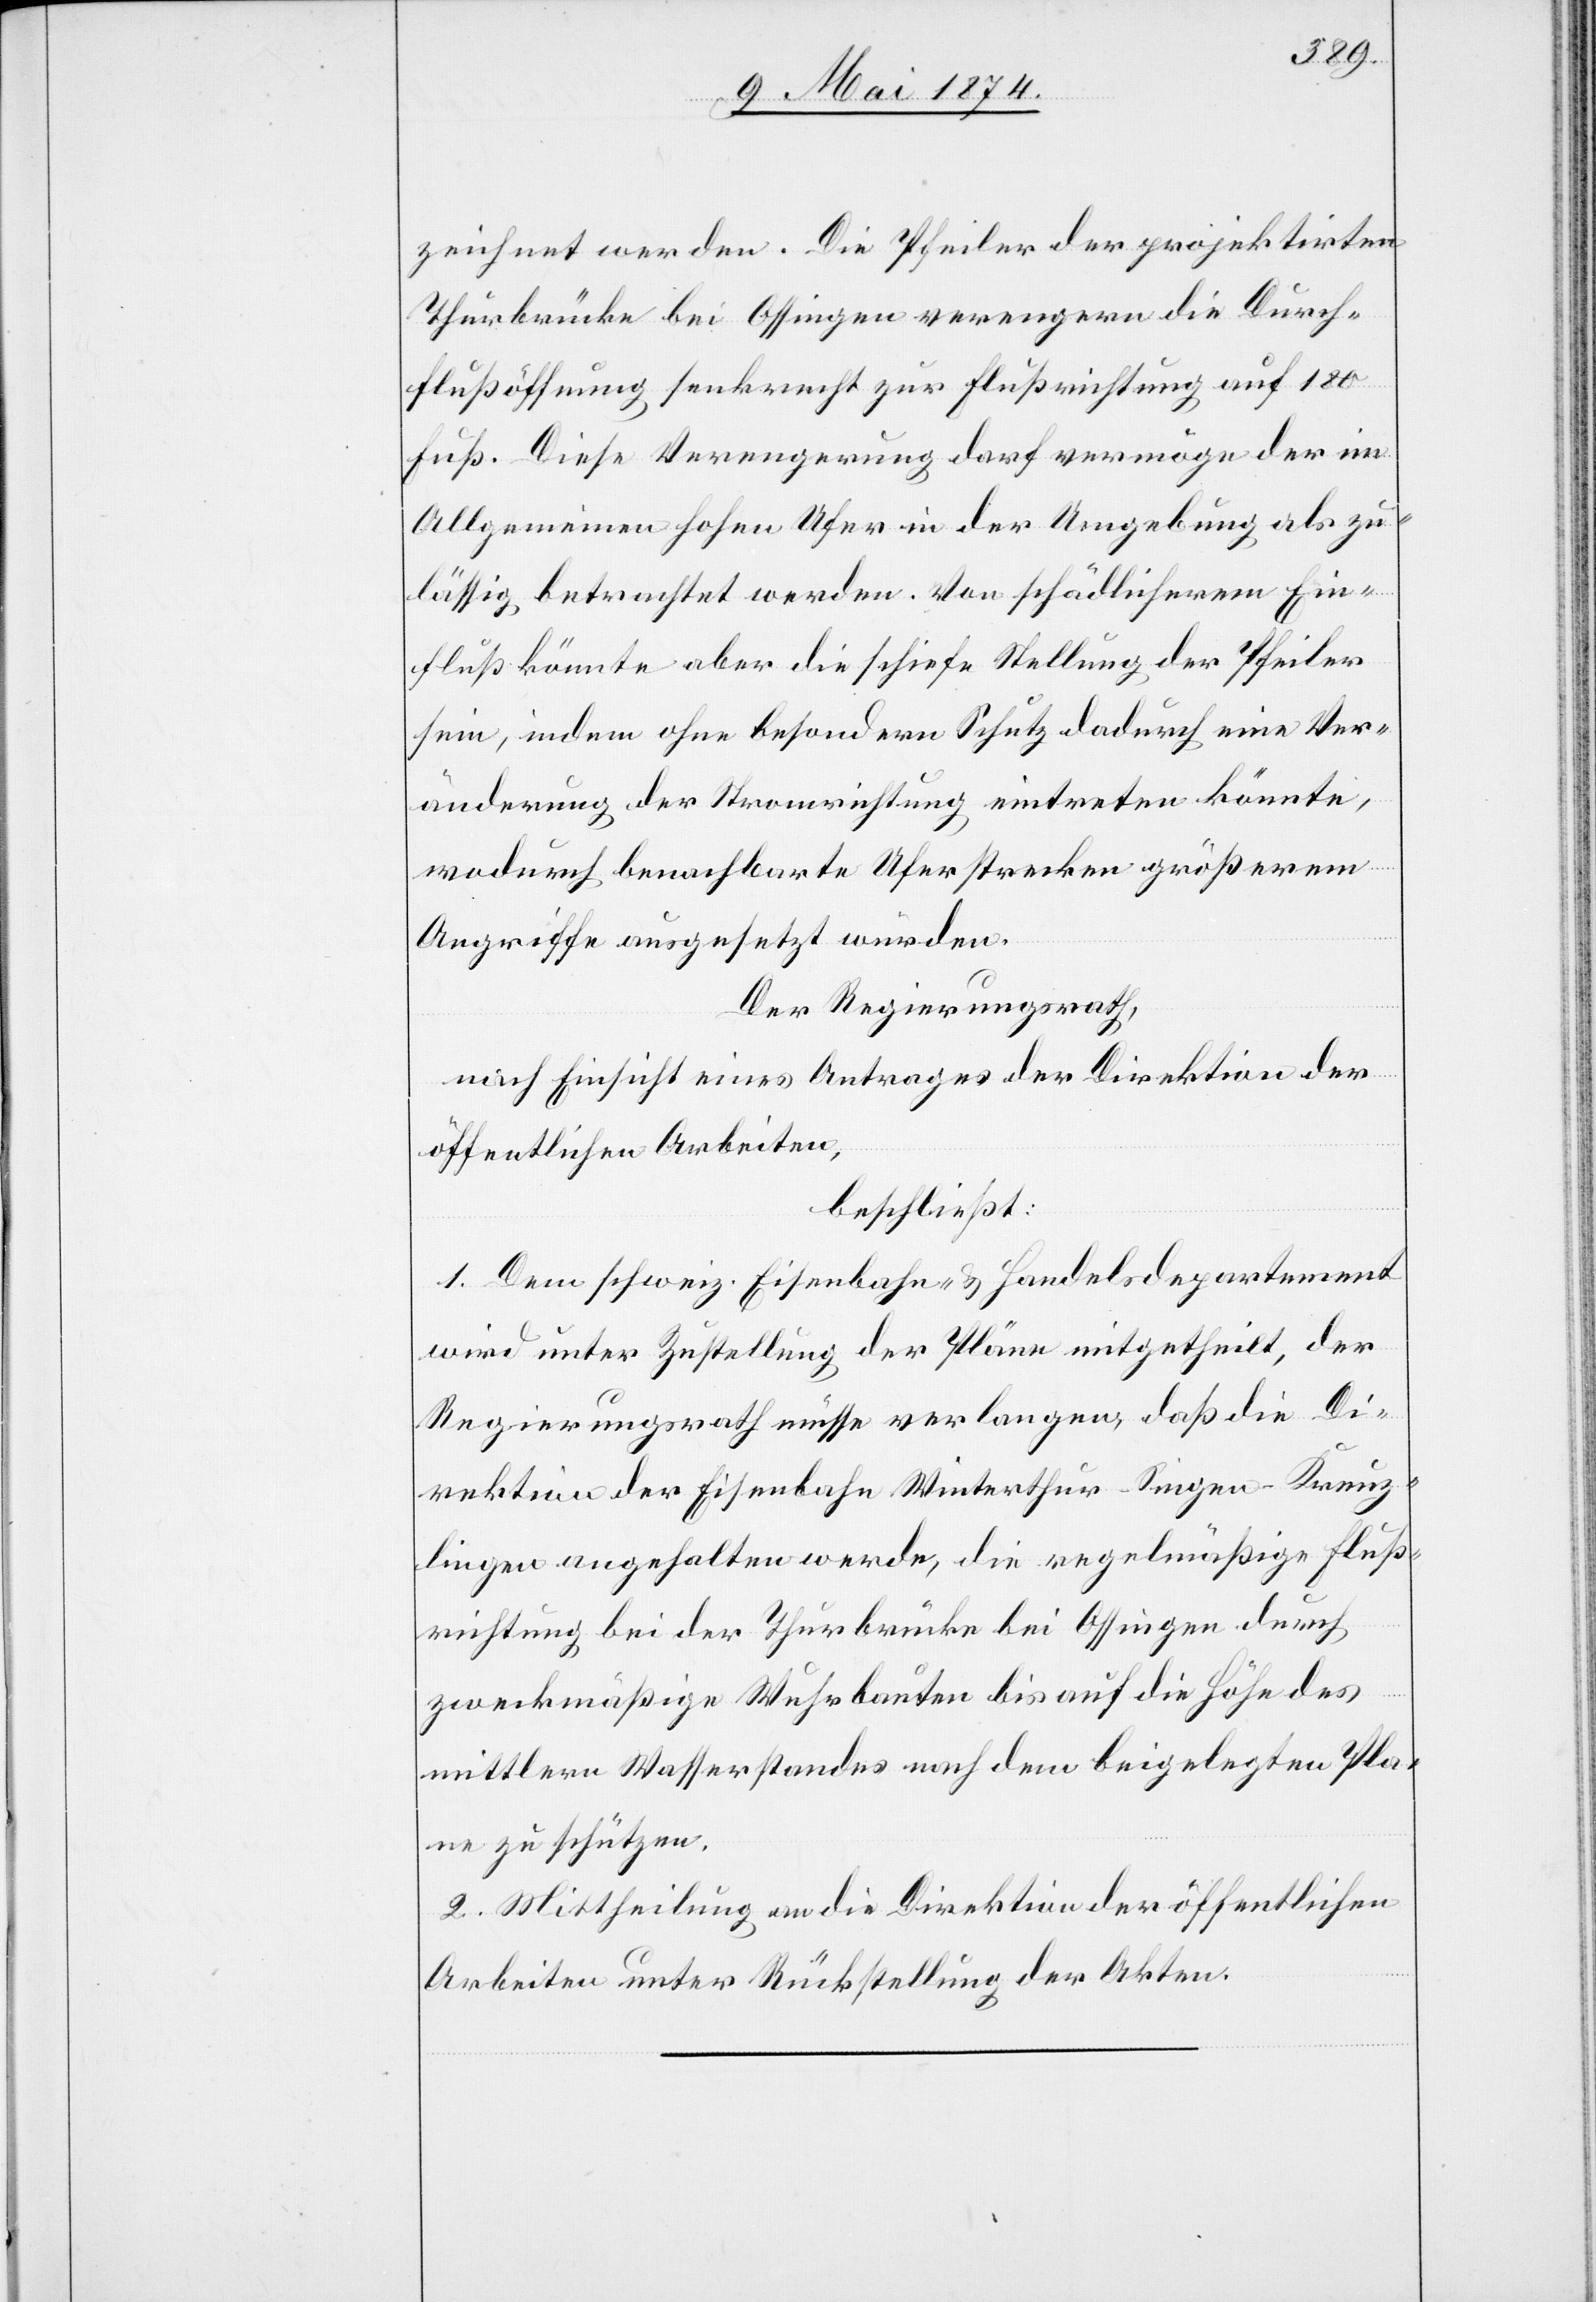
zeichnet werden. Die Pfeiler der projektirten
Thurbrücke bei Ossingen verengern die Durch¬
flußöffnung senkrecht zur Flußrichtung auf 180
Fuß. Diese Verengerung darf vermöge der im
Allgemeinen hohen Ufer in der Umgebung als zu¬
lässig betrachtet werden. Von schädlicherem Ein¬
fluß könnte aber die schiefe Stellung der Pfeiler
sein, indem ohne besonderen Schutz dadurch eine Ver¬
änderung der Stromrichtung eintreten könnte,
wodurch benachbarte Uferstrecken größerem
Angriffe ausgesetzt würden.
Der Regierungsrath,
nach Einsicht eines Antrages der Direktion der
öffentlichen Arbeiten,
beschließt:
1. Dem schweiz. Eisenbahn- u. Handelsdepartement
wird unter Zustellung der Pläne mitgetheilt, der
Regierungsrath müsse verlangen, daß die Di¬
rektion der Eisenbahn Winterthur-Singen-Kreuz¬
lingen angehalten werde, die regelmäßige Fluß¬
richtung bei der Thurbrücke bei Ossingen durch
zweckmäßige Wuhrbauten bis auf die Höhe des
mittlern Wasserstandes nach dem beigelegten Pla¬
ne zu schützen.
2. Mittheilung an die Direktion der öffentlichen
Arbeiten unter Rückstellung der Akten.